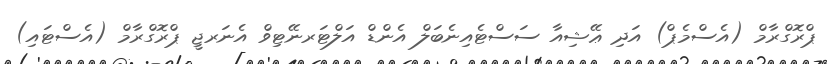
ޕްރޮގްރާމް (އެސްމެޕް) އަދި ޢޭޝިއާ ސަސްޓެއިނެބަލް އެންޑް އަލްޓަރނޭޓިވް އެނަރޖީ ޕްރޮގްރާމް (އެސްޓައި)